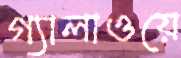
গ্যালাওয়ে